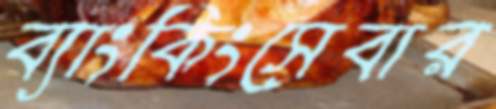
ব্যাংকিংসেবার